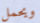
ويحمل